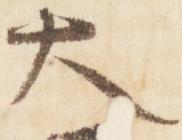
大